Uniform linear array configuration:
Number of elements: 12
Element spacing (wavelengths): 0.25
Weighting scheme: uniform
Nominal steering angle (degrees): -15
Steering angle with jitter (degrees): -13.155
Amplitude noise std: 0.05
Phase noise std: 0.05

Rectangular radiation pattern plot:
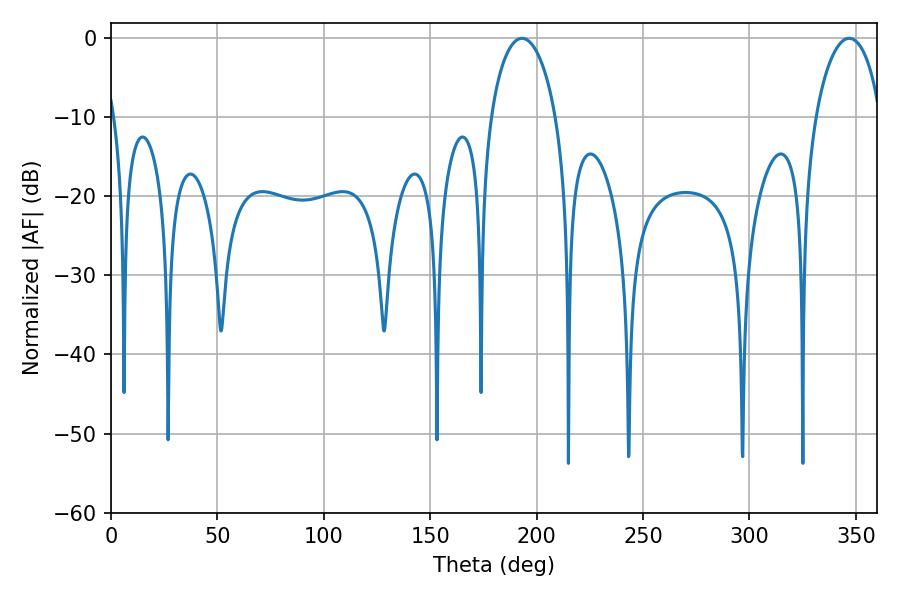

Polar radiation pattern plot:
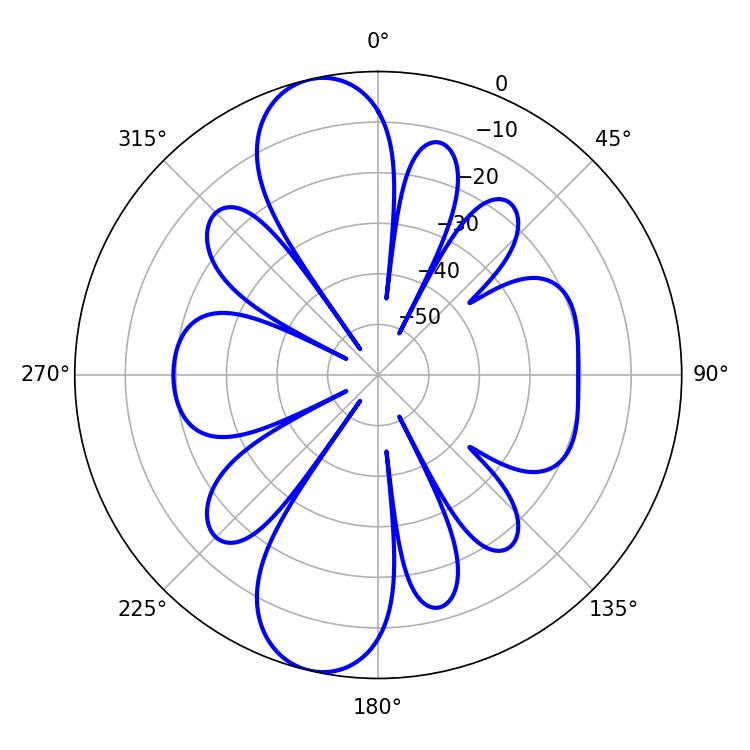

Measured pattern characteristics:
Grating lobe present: FALSE
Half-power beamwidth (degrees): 17.64
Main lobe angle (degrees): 193.14